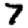
Digit: 7